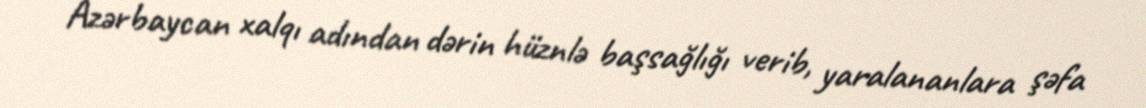
Azərbaycan xalqı adından dərin hüznlə başsağlığı verib, yaralananlara şəfa